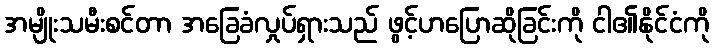
အမျိုးသမီးစင်တာ အခြေခံလှုပ်ရှားသည် ဖွင့်ဟပြောဆိုခြင်းကို ငါ၏နိုင်ငံကို